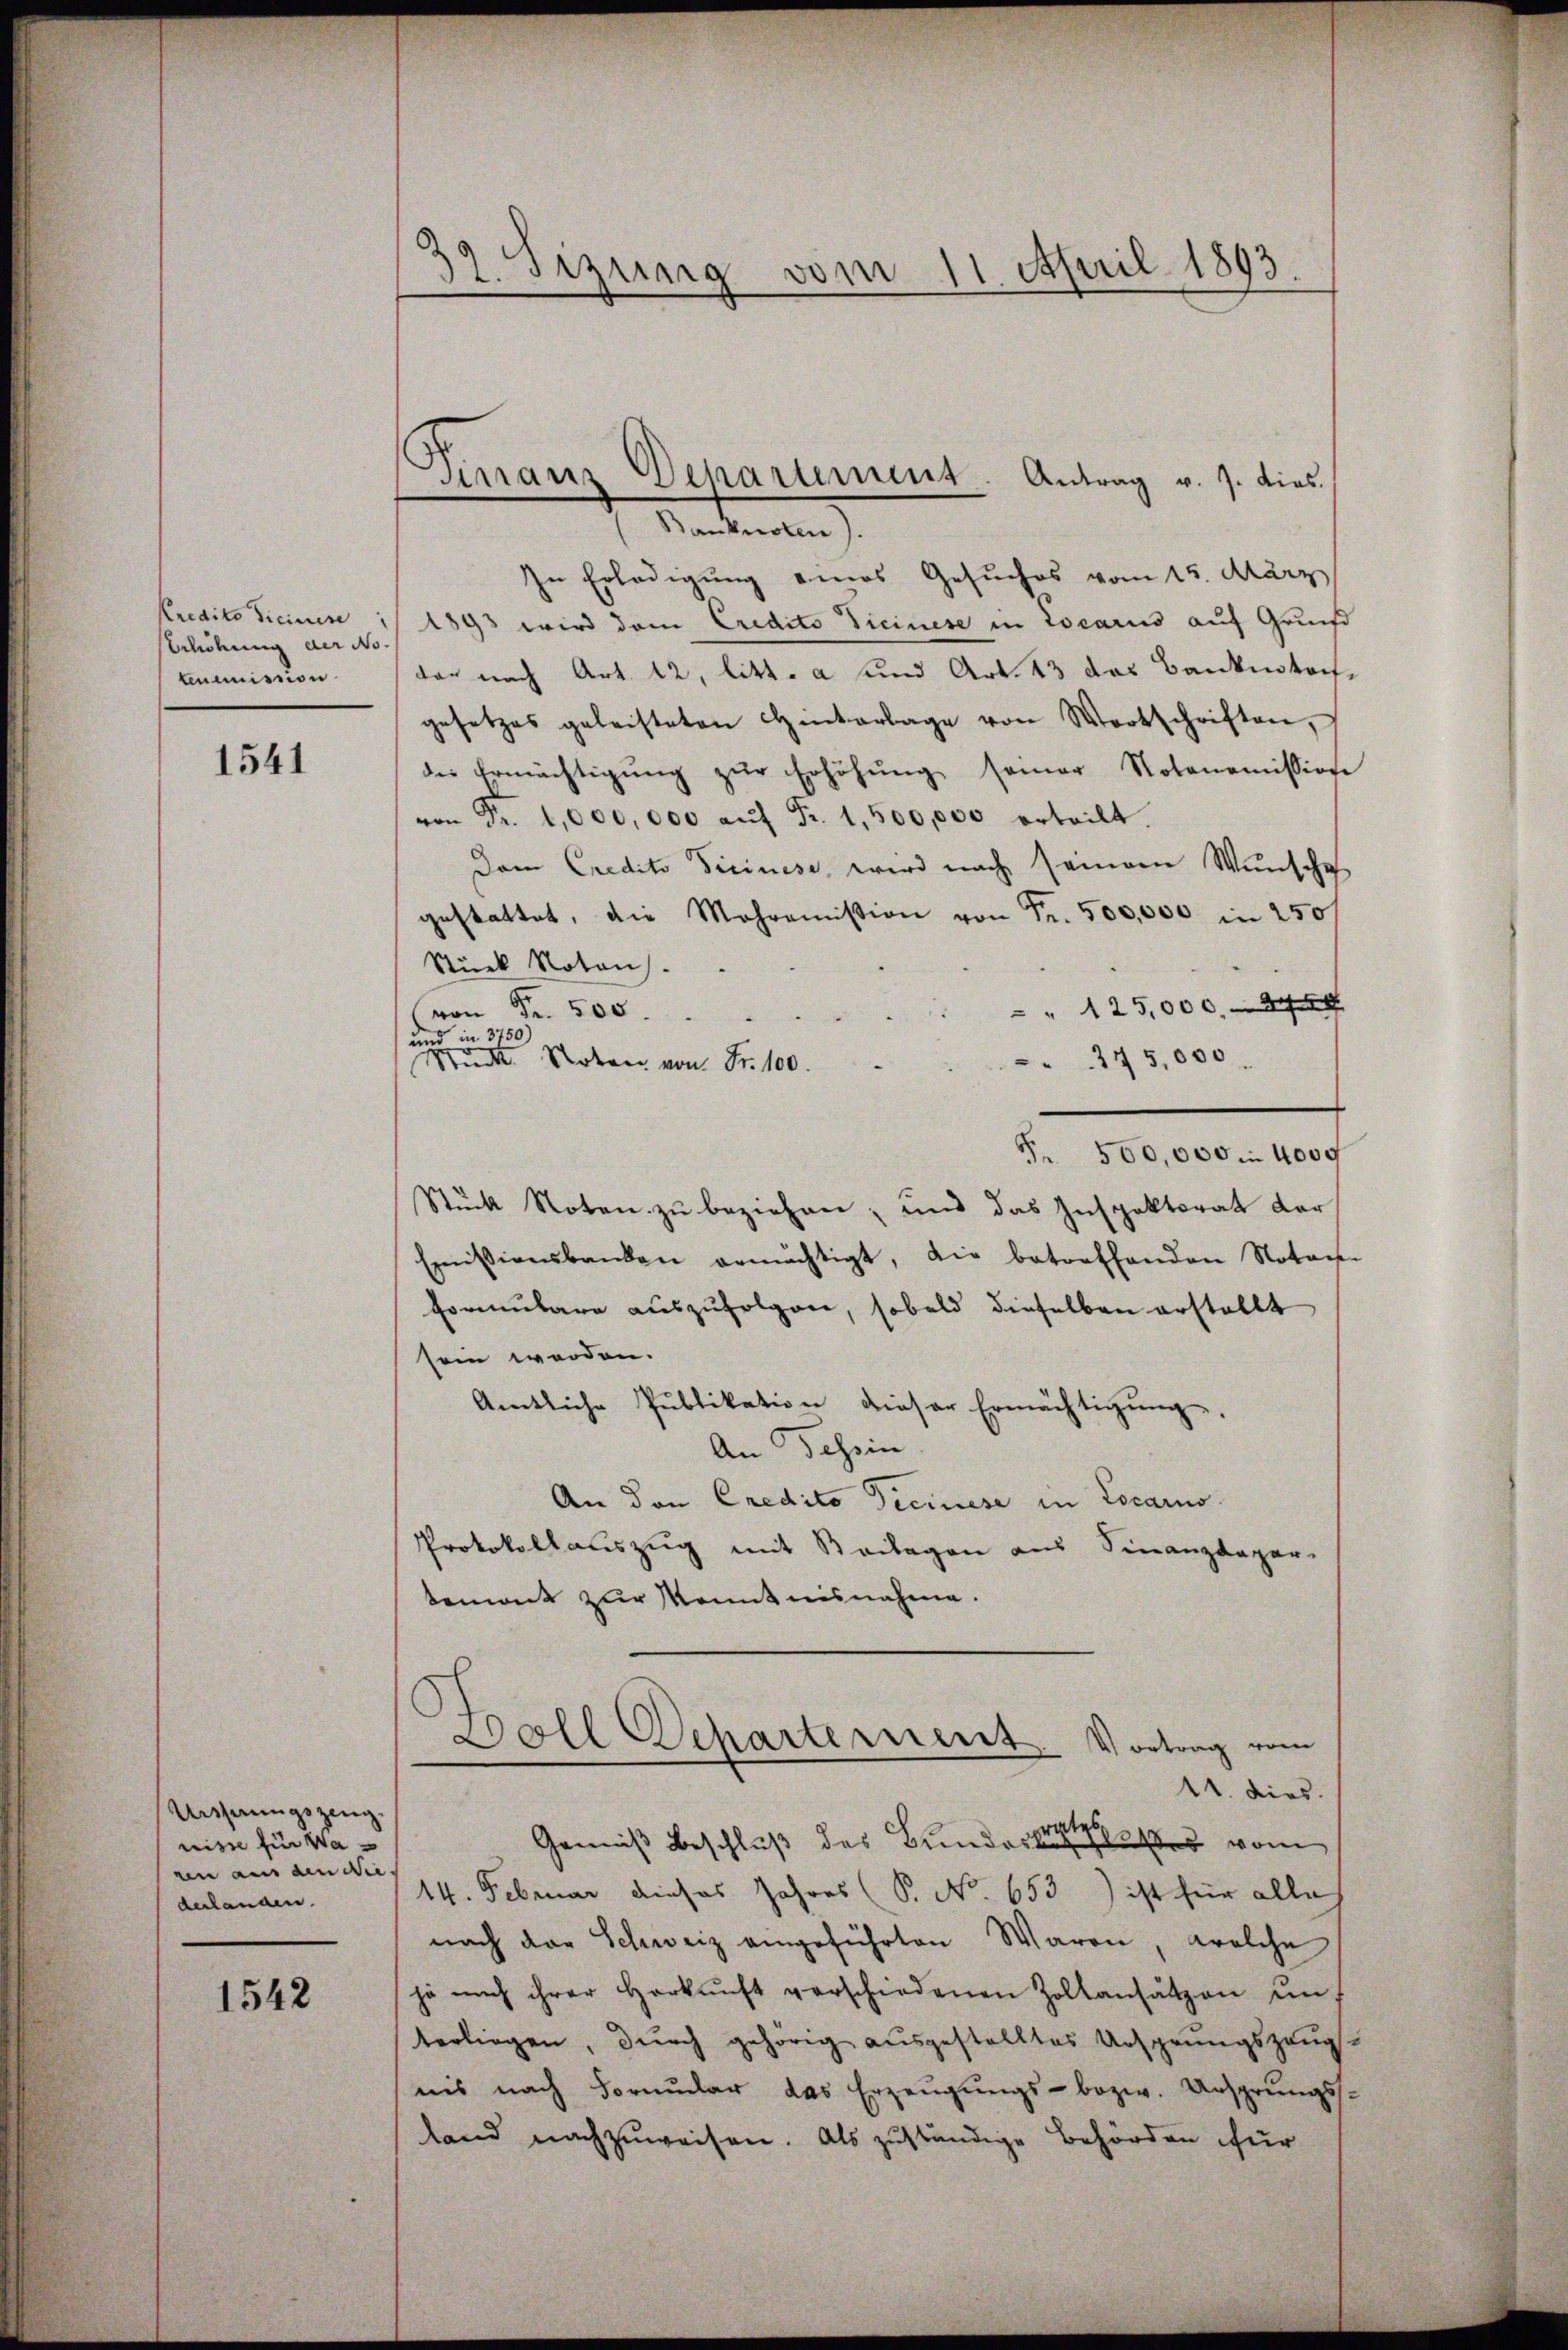
Kredito dicinire
sbildung der No.
temmission.

1541

Ursprungszeug.
nisse für Wa
ren aus den Nie
derlangen.

1542

39. Sizung vom 11. April 1893.

Finanz Departement. Antrag v. 7. dies

Banknoten).
In Erledigung eines Gesuches vom 15. März
1893 wird dem Credito Ticinese in Locarus auf Grund
dar nach Art. 12, litt. a und Art. 43 das Bankintochgesetzes geleisteten Hinterlage von Wortschriften,
die Ermächtigŭng zŭr Erhöhŭng seiner Notonomission
von Fr. 1,000,000 aŭf Fr. 1,500,000 erteilt.
Dem Credito Ticinese, wird nach seinem Wunsche
gestattet, die Mahroṁission von Fr. 500,000 in 250
Stick Noten.
 " 125,000, 34
von Fr. 500.
und in 3750)
275,000.
Mud Noten von Fr. 100.
F. 500,000 n 4009
Stück Noten zu beziehen; und das Inspektorat der
Emissionsbanken ermächtigt, die betreffenden Notars.
Formŭlare aŭszŭfolgen, sobald dieselben erstellt
sein werden.
Amtliche Publikation dieser Ermächtigŭng.
An Tessin
An den Credito Ticinese in Locarno
Protokollauszug mit Beilagen aus Finanzdepar-
temont zur Kenntnisnahme.
oll Scharterient. Vortrag vom
11. dies.
Gemäß Beschluß des Bundesrathes vom
14. Februar dieses Jahres (S. No. 653) ist für alle
nach der Schweiz angeführten Waren, welche
je nach ihrer Herkŭnft verschiedenen Zoltansätzen un
terliegen, dŭrch gehörig aŭsgestelltes Ursprungszeŭg-
nis nach Formŭlar das Erzeŭgŭngs- bezw. Ursprungs-
land nachzuweisen. Als zuständige Behörden für